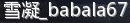
babala67